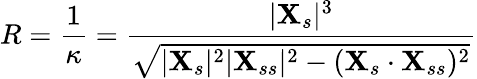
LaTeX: R=\frac{1}{\kappa}=\frac{|\mathbf{X}_{s}|^{3}}{\sqrt{|\mathbf{X}_{s}|^{2}|\mathbf{X}_{ss}|^{2}-(\mathbf{X}_{s}\cdot\mathbf{X}_{ss})^{2}}}